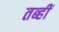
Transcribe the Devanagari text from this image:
तब्हीं